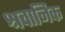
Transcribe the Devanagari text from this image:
श्रवानिक